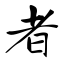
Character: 者